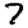
Digit: 7